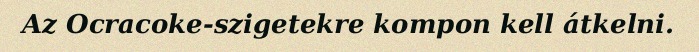
Az Ocracoke-szigetekre kompon kell átkelni.